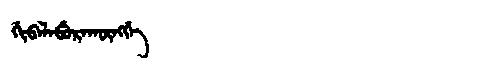
Manchu: ᡤᡳᠪᠠᠯᠠᠪᡠᡵᠠᡴᡡᠩᡤᡝ
Romanization: GIBALABURAKŪNGGE